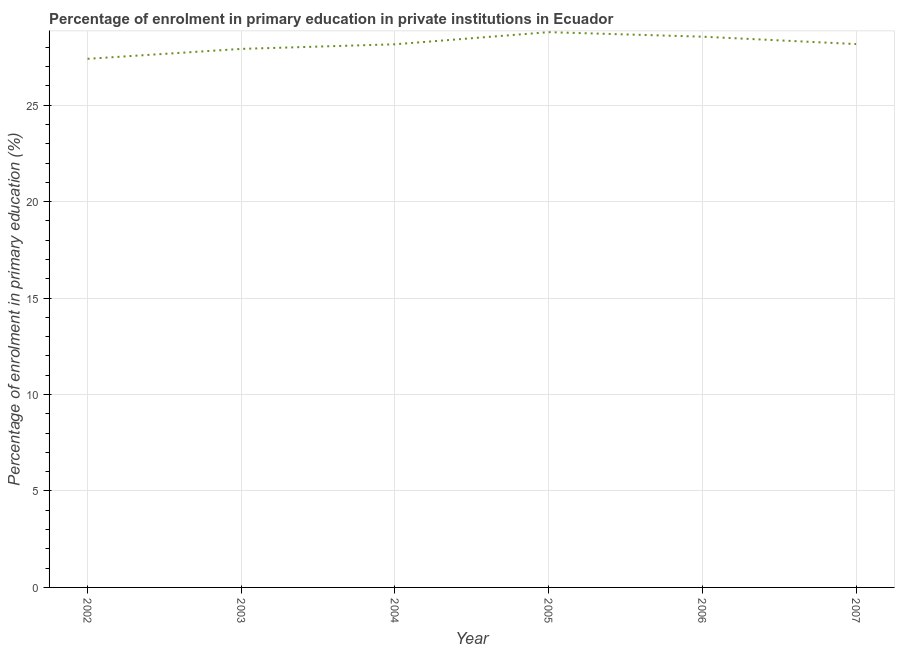
| Year | Enrolment  |
 | --- | --- |
 | 2002 | 27.4 |
 | 2003 | 27.9 |
 | 2004 | 28.2 |
 | 2005 | 28.8 |
 | 2006 | 28.6 |
 | 2007 | 28.2 |